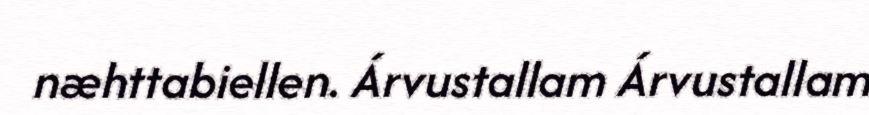
næhttabiellen. Árvustallam Árvustallam